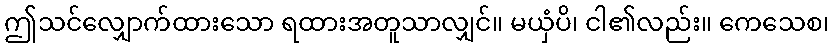
ဤသင်လျှောက်ထားသော ရထားအတူသာလျှင်။ မယှံပိ၊ ငါ၏လည်း။ ကေသေစ၊